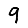
Digit: 9